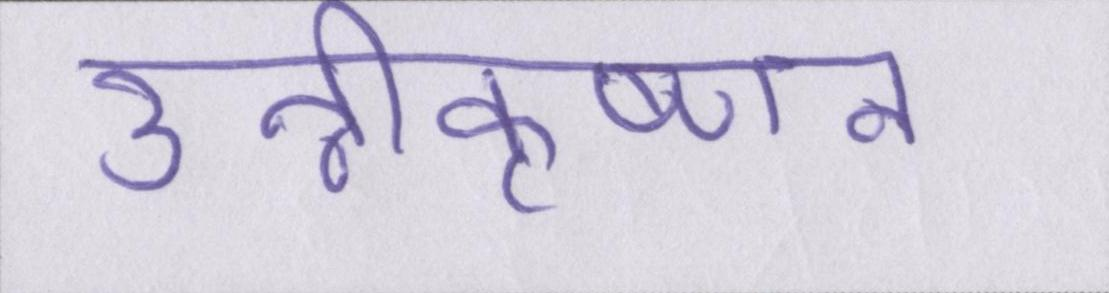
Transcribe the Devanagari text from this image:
उन्नीकृष्णन